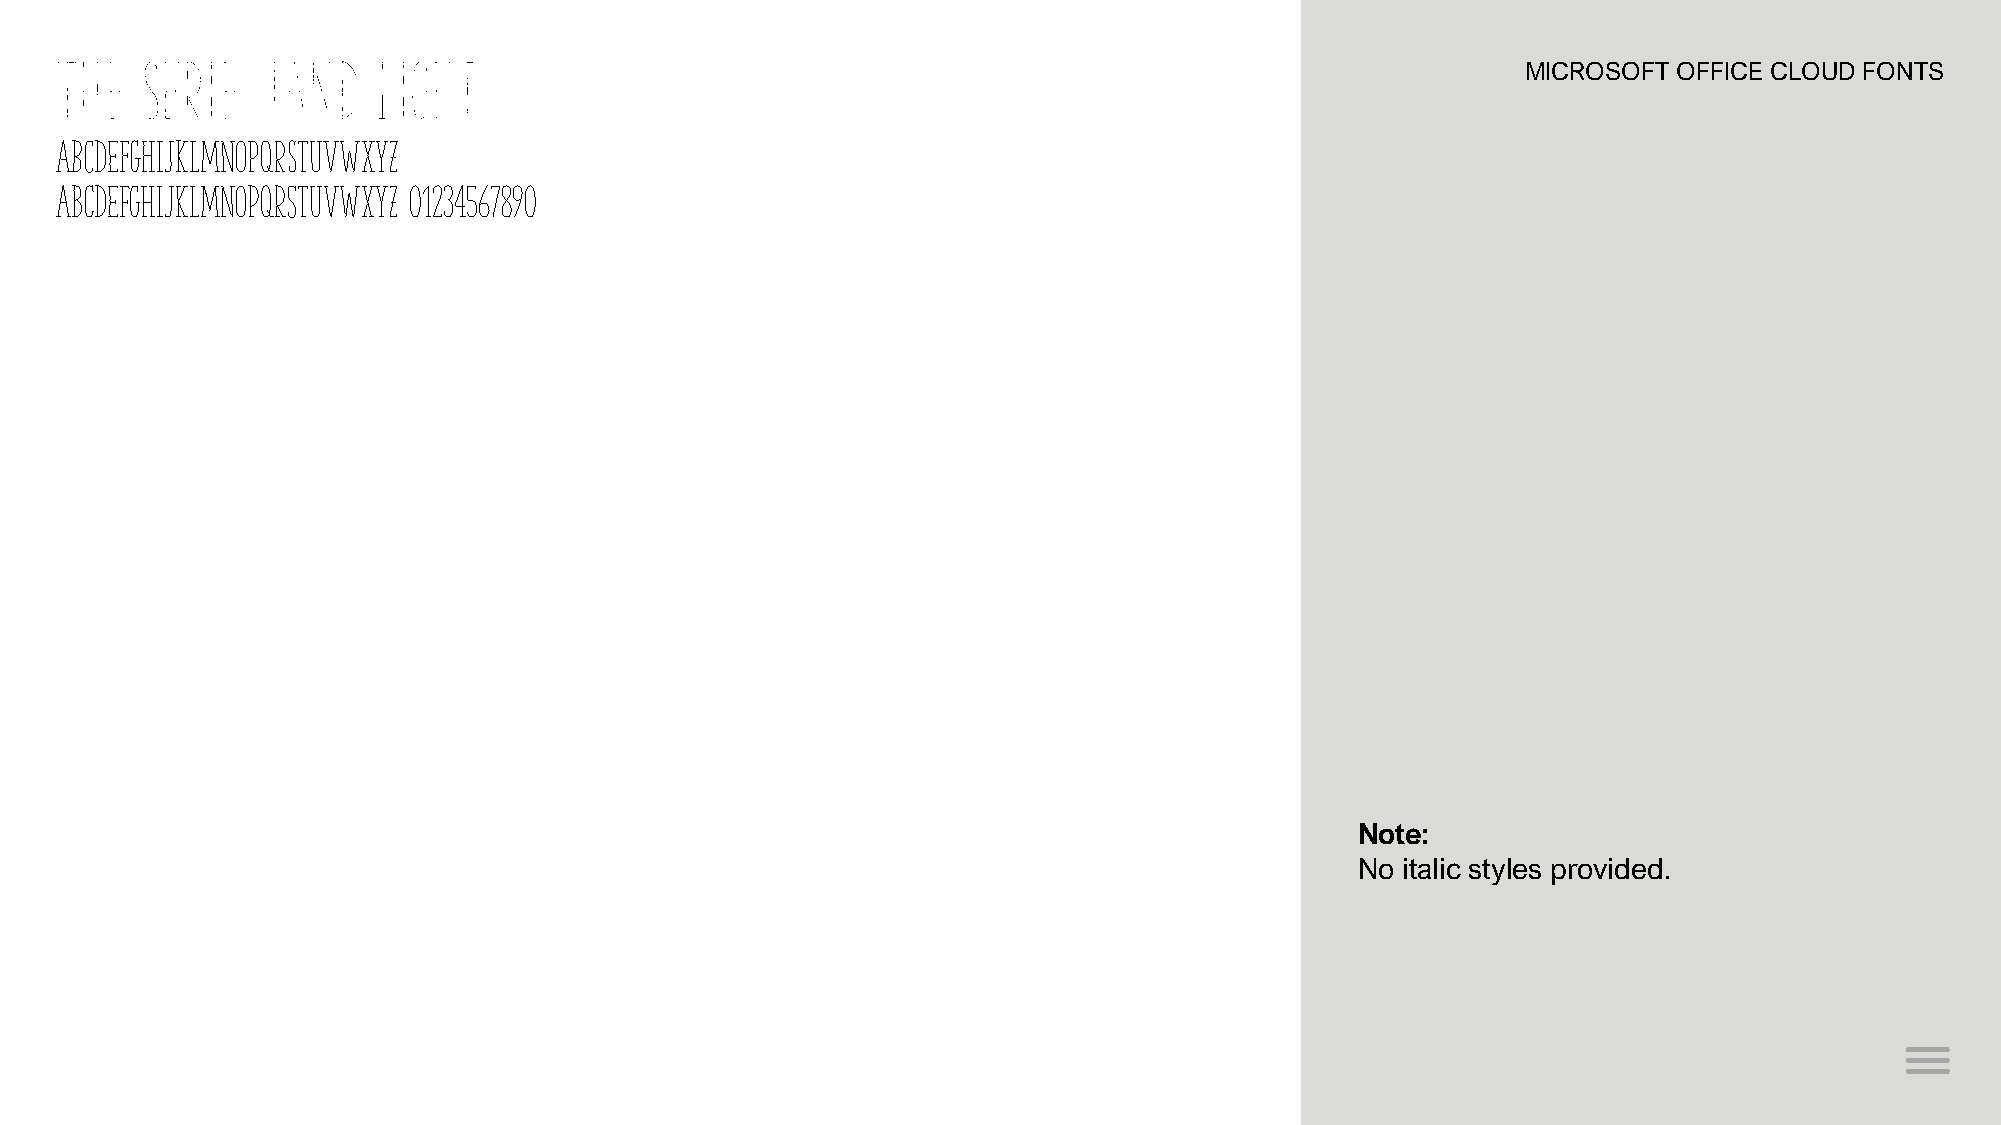
The  Serif   Hand    Light                                                                       MICROSOFT OFFICE CLOUD FONTS
 ABCDEFGHIJKLMNOPQRSTUVWXYZ
 abcdefghijklmnopqrstuvwxyz 01234567890
 Note:
 No italic styles provided.